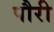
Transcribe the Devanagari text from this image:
पौरी